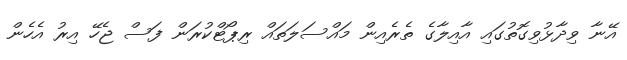
އޭނާ ވިދާޅުވިގޮތުގައި އާއިލާގެ ތެރެއިން މައްސަލަތައް ރިޕޯޓްކުރަން ފަސް ޖެހޭ އިރު އެހެން